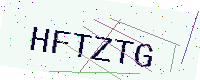
Text: HFTZTG